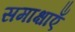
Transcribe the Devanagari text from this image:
समाक्षाएँ